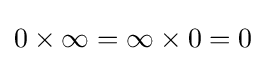
0\times \infty =\infty \times 0=0